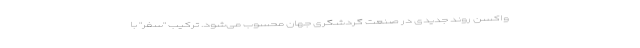
واکسن روند جدیدی در صنعت گردشگری جهان محسوب می‌شود. ترکیب "سفر" با